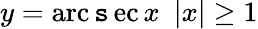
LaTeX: y=\operatorname{arc\mathtt{s}ec}x\ \ |x|\geq1